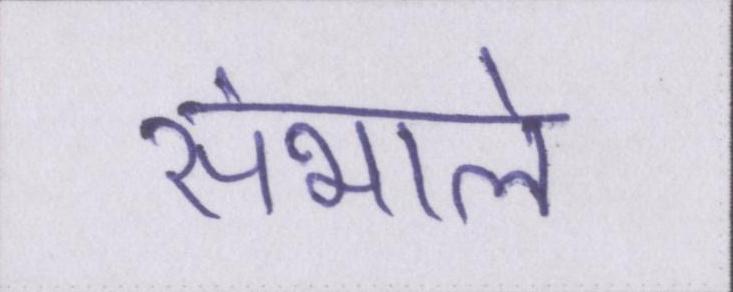
संभाले